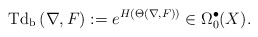
\begin{align*} \mathrm{Td_b\,}(\nabla,F):=e^{H(\Theta(\nabla,F))}\in\Omega^\bullet_{0}(X).\end{align*}